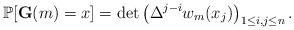
LaTeX: \begin{align*}\mathbb{P}[\mathbf{G}(m)=x]= \det\left(\Delta^{j-i} w_{m}(x_j)\right)_{1\le i,j\le n}.\end{align*}